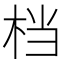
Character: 档